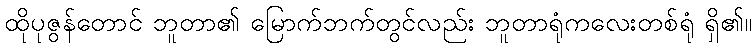
ထိုပုဇွန်တောင် ဘူတာ၏ မြောက်ဘက်တွင်လည်း ဘူတာရုံကလေးတစ်ရုံ ရှိ၏။